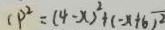
c p ^ { 2 } = ( 4 - x ) ^ { 2 } + ( - x + 6 ) ^ { 2 }